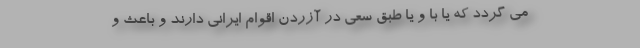
می گردد که یا با و یا طبق سعی در آزردن اقوام ایرانی دارند و باعث و